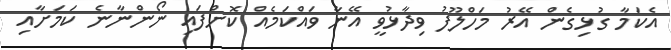
އެކަމާ ގުޅިގެން އޭރު މަހްލޫފު ވިދާޅުވީ އޭނާ ވައްކަމެއް ކޮށްފައި ނޯންނާނެ ކަމަށާއި